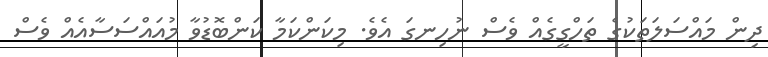
ދިން މައްސަލަތަކުގެ ތަހްގީގެއް ވެސް ނުހިނގަ އެވެ. މިކަންކަމާ ކަންބޮޑުވާ މުއައްސަސާއެއް ވެސް